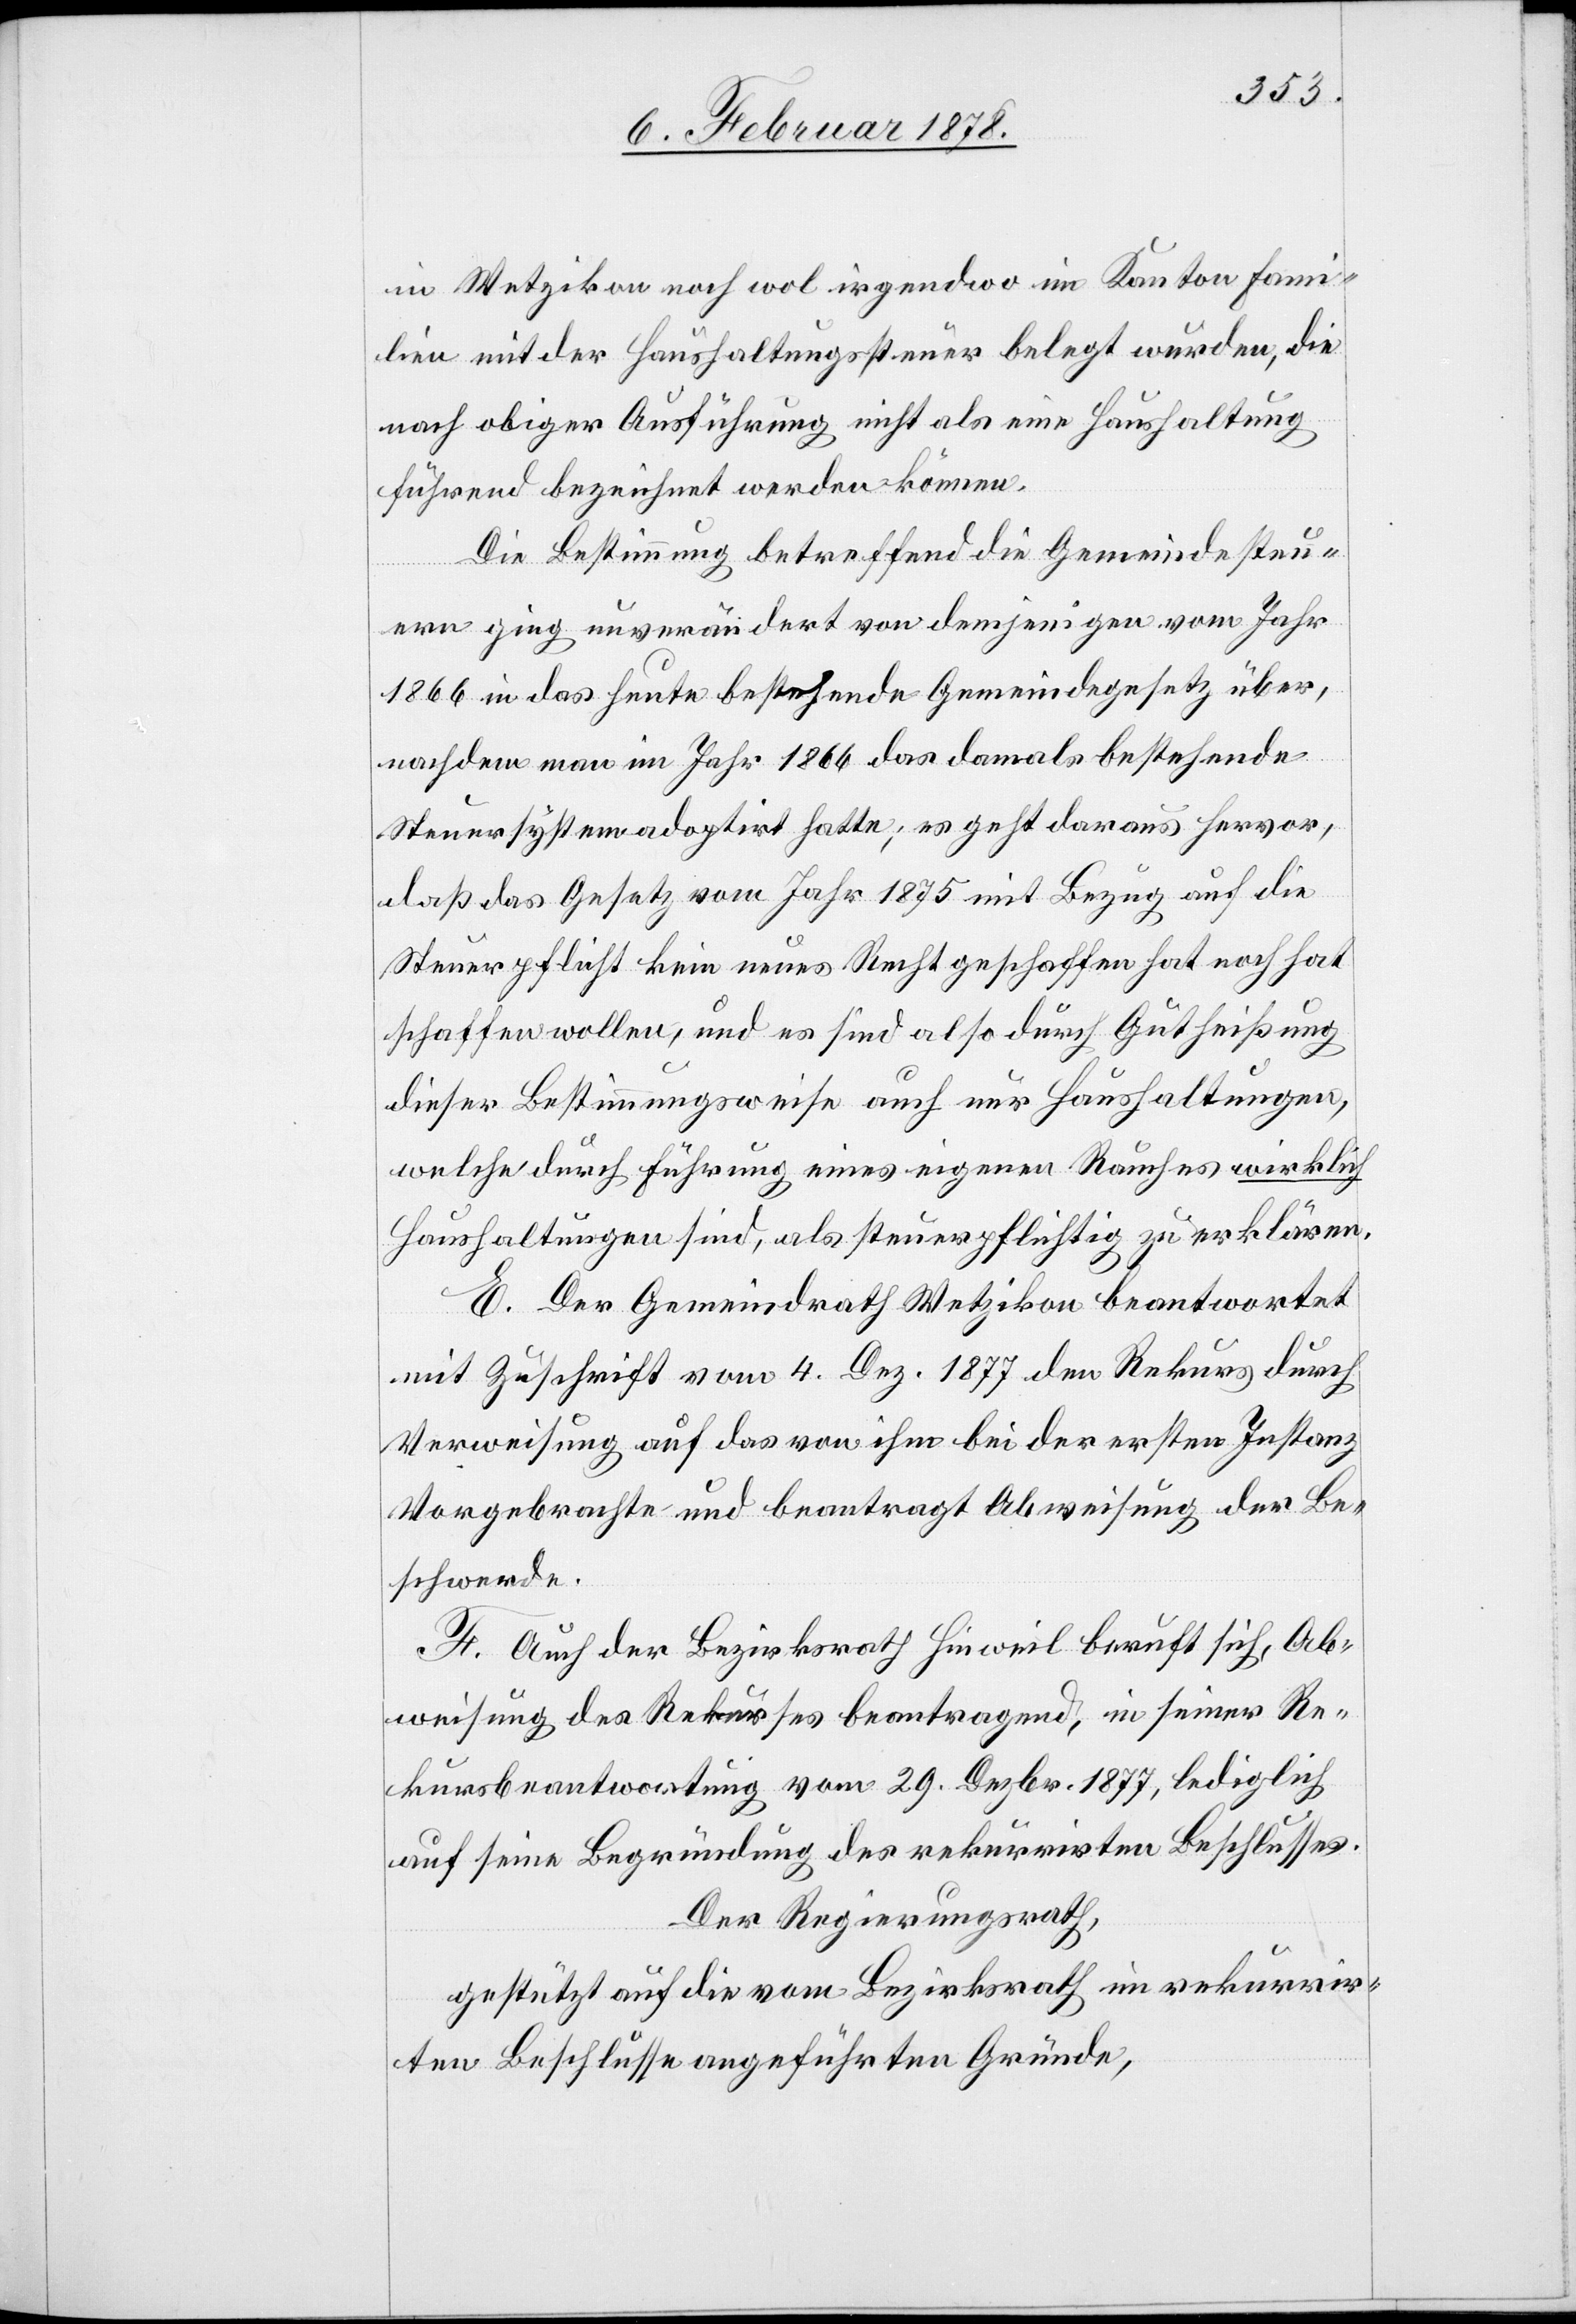
in Wetzikon noch wol irgendwo im Kanton Fami¬
lie mit der Haushaltungssteuer belegt wurden, die
nach obiger Ausführung nicht als eine Haushaltung
führend bezeichnet werden könne.
Die Bestimmung betreffend die Gemeindesteu¬
ern ging unverändert von demjenigen vom Jahr
1866 in das heute bestehende Gemeindegesetz über,
nachdem man im Jahr 1866 das damals bestehende
Steuersystem adoptirt hatte, es geht daraus hervor,
daß das Gesetz vom Jahr 1875 mit Bezug auf die
Stuerpflicht kein neues Recht geschaffen hat noch hat
schaffen wollen, und es sind also durch Gutheißung
dieser Bestimmungsweise auch nur Haushaltungen,
welche durch Führung eines eigenen Rauches wirklich
Haushaltungen sind, als steuerpflichtig zu erklären.
E. Der Gemeindrath Wetzikon beantwortet
mit Zuschrift vom 4. Dez. 1877 den Rekurs durch
Verweisung auf das von ihm bei der ersten Instanz
Vorgebrachte und beantragt Abweisung der Be¬
schwerde.
F. Auch der Bezirksrath Hinweil beruft sich, Ab¬
weisung des Rekurses beantragend in seiner Re¬
kursbeantwortung vom 29. Dezbr. 1877, lediglich
auf seine Begründung des rekurrirten Beschlusses.
Der Regierungsrath,
gestützt auf die von Bezirksrath in rekurrir¬
ten Beschlusse angeführten Gründe,